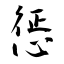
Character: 惩